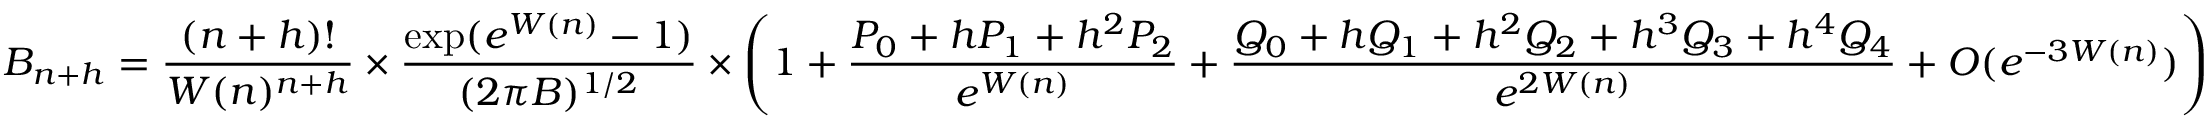
B _ { n + h } = { \frac { ( n + h ) ! } { W ( n ) ^ { n + h } } } \times { \frac { \exp ( e ^ { W ( n ) } - 1 ) } { ( 2 \pi B ) ^ { 1 / 2 } } } \times \left( 1 + { \frac { P _ { 0 } + h P _ { 1 } + h ^ { 2 } P _ { 2 } } { e ^ { W ( n ) } } } + { \frac { Q _ { 0 } + h Q _ { 1 } + h ^ { 2 } Q _ { 2 } + h ^ { 3 } Q _ { 3 } + h ^ { 4 } Q _ { 4 } } { e ^ { 2 W ( n ) } } } + O ( e ^ { - 3 W ( n ) } ) \right)